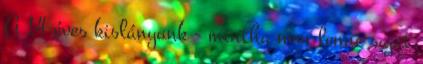
A 14 éves kislányunk - mintha nem lenne saját